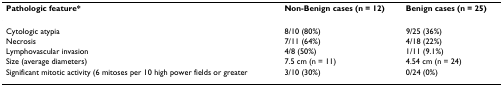
| Pathologic feature* | Non-Benign cases (n = 12) | Benign cases (n = 25) |
 | --- | --- | --- |
 | Cytologic atypia | 8/10 (80%) | 9/25 (36%) |
 | Necrosis | 7/11 (64%) | 4/18 (22%) |
 | Lymphovascular invasion | 4/8 (50%) | 1/11 (9.1%) |
 | Size (average diameters) | 7.5 cm (n = 11) | 4.54 cm (n = 24) |
 | Significant mitotic activity (6 mitoses per 10 high power fields or greater | 3/10 (30%) | 0/24 (0%) |